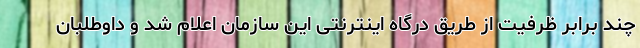
چند برابر ظرفیت از طریق درگاه اینترنتی این سازمان اعلام شد و داوطلبان